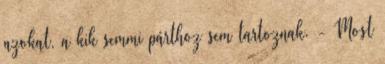
azokat, a kik semmi párthoz sem tartoznak. - Most